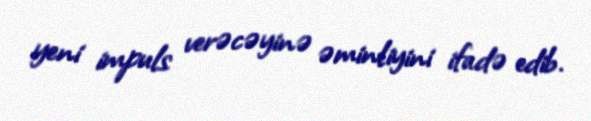
yeni impuls verəcəyinə əminliyini ifadə edib.